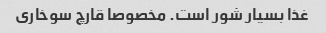
غذا بسیار شور است. مخصوصا قارچ سوخاری